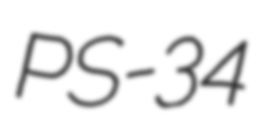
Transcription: PS-34